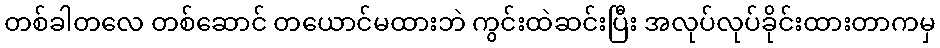
တစ်ခါတလေ တစ်ဆောင် တယောင်မထားဘဲ ကွင်းထဲဆင်းပြီး အလုပ်လုပ်ခိုင်းထားတာကမှ